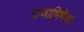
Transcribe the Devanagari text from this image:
राजाभिषेक